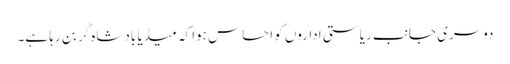
دوسری جانب ریاستی اداروں کو احساس ہوا کہ میڈیا بادشاہ گر بن رہا ہے۔